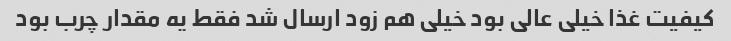
کیفیت غذا خیلی عالی بود خیلی هم زود ارسال شد فقط یه مقدار چرب بود